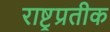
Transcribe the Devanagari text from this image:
राष्ट्रप्रतीक